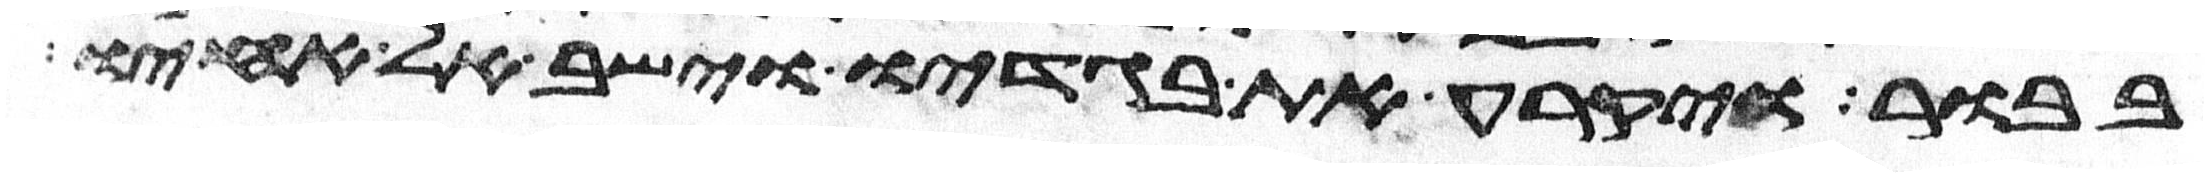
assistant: בבור ויקרע את בגדיו וישב אל אחיו